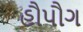
હૌપૌગ